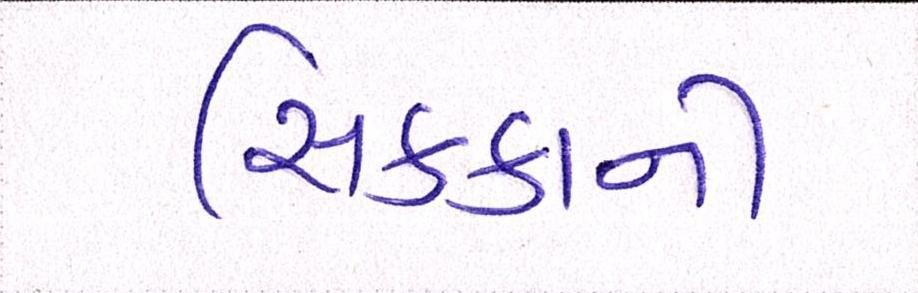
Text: સિક્કાની